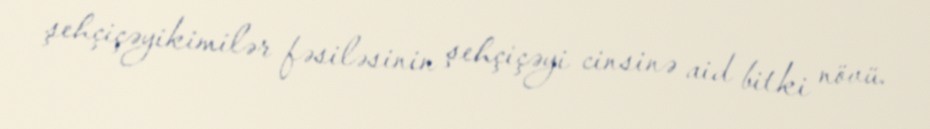
şehçiçəyikimilər fəsiləsinin şehçiçəyi cinsinə aid bitki növü.